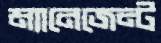
ম্যানেজেন্ট